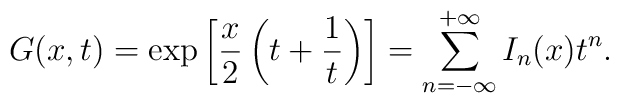
G(x,t) = \exp \left[ \frac{x}{2} \left( t + \frac{1}{t} \right)\right] = \sum_{n=-\infty}^{+\infty} I_n(x) t^n .